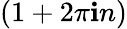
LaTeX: (1+2\pi\mathbf{i}n)